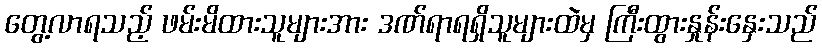
တွေ့လာရသည့် ဖမ်းမိထားသူများအား ဒဏ်ရာရရှိသူများထဲမှ ကြီးထွားနှုန်းနှေးသည်